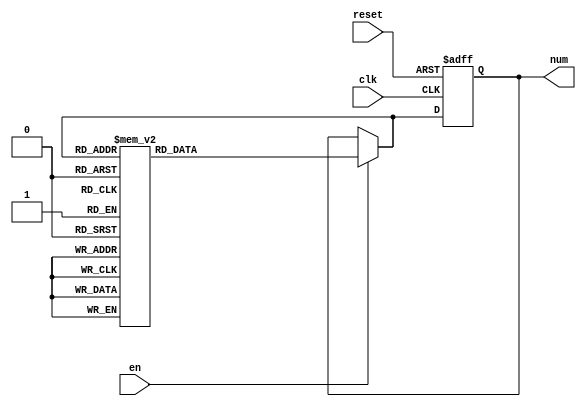
module FSM_as_counter(
   input clk,
   input reset,
   input en,
   output [2:0] num
   );
   
   reg [2:0] state_reg ,state_next;
   localparam s0=0;
   localparam s1=1;
   localparam s2=2;
   localparam s3=3,s4=4,s5=5,s6=6,s7=7;
   //state register
   
   always @(posedge clk , negedge reset)
   begin
           if(~reset)
           state_reg <= s0;
           
           else
           state_reg <= state_next;
   
   end
   //next state 
   always@(*)
   begin
        if(en)
                  case(state_next)
                       s0: state_next = s1;
                       s1: state_next = s2;
                       s2: state_next = s3;
                       s3: state_next = s4;
                       s4: state_next = s5;
                       s5: state_next = s6;
                       s6: state_next = s7;
                       s7: state_next = s0;      
                  default: state_next = state_reg;          
               endcase
         else
           state_next = state_reg;
   end
   //output
   assign num=  state_reg ;
   
endmodule